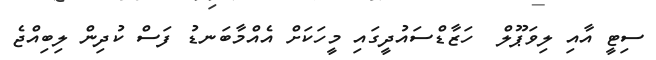
ސިޓީ އާއި ލިވަޕޫލް  ހަޒާޑްސައުދީގައި މީހަކަށް އެއްމާބަނޑު ފަސް ކުދިން ލިބިއްޖެ